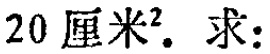
$20厘米^{2} . 求:$